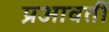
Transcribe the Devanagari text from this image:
प्रआवर्ती